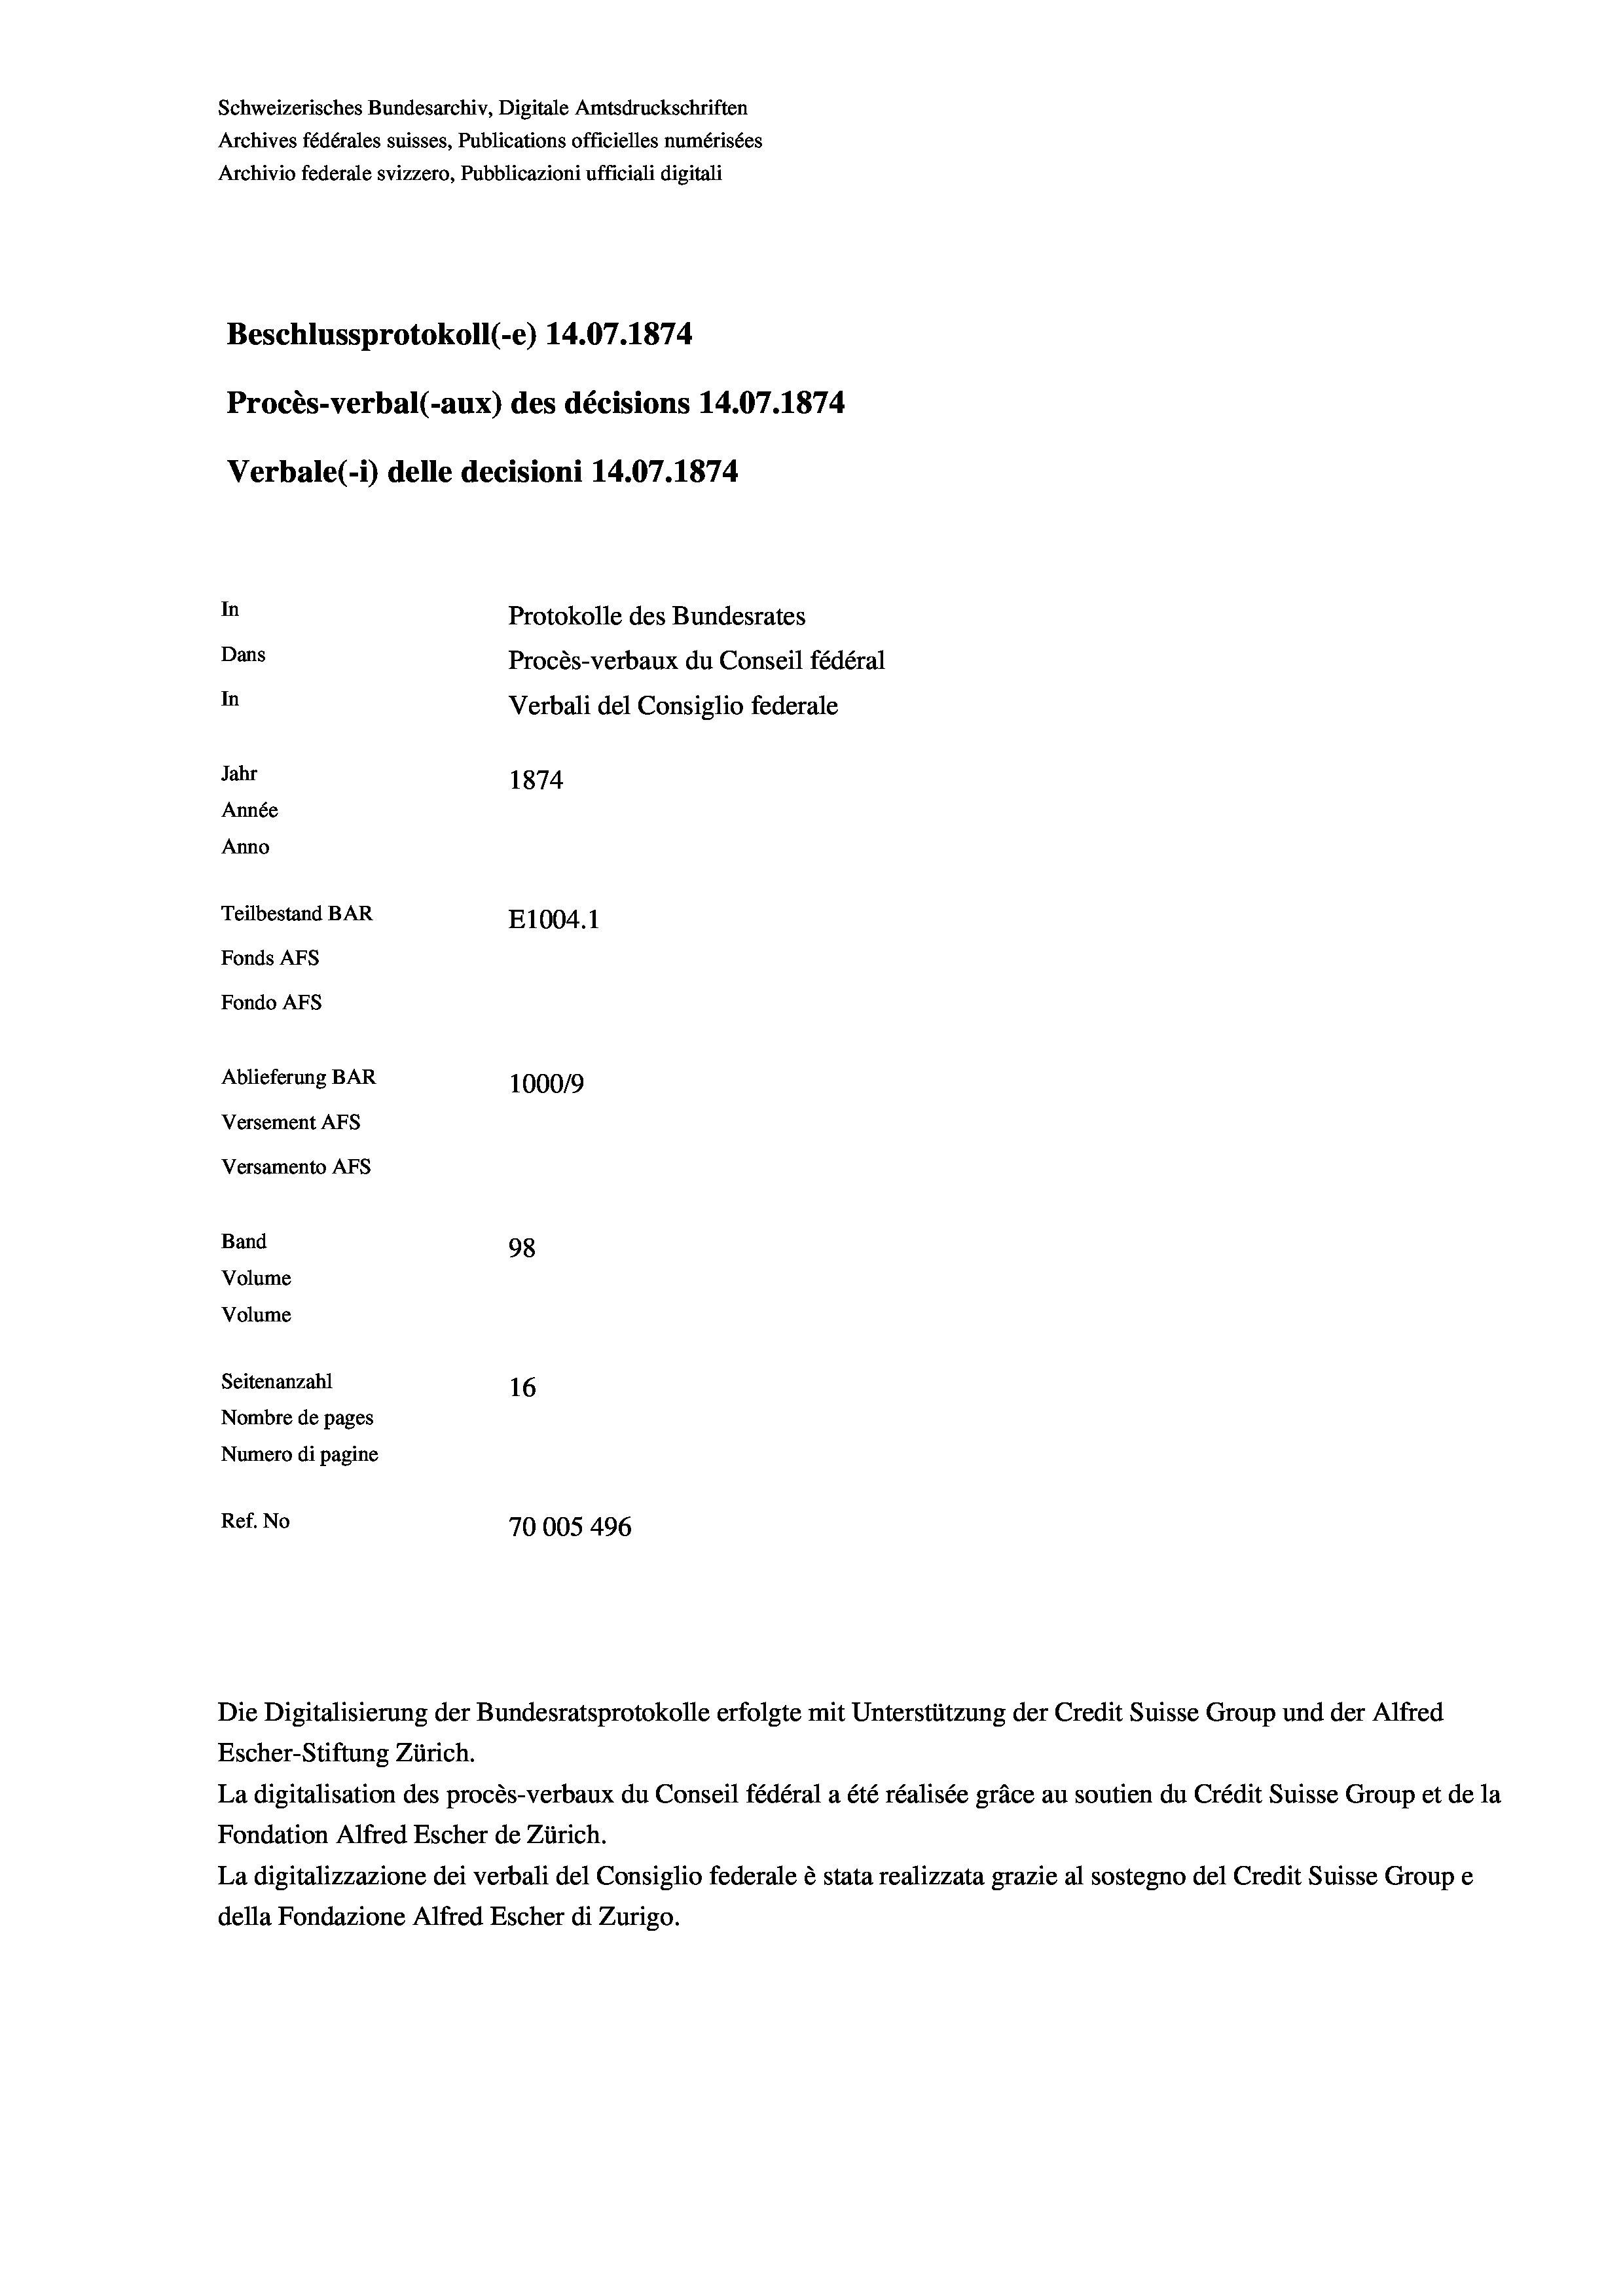
Schweizerisches Bundesarchiv, Digitale Amtsdruckschriften
Archives fédérales suisses, Publications officielles numérisées
Archivio federale svizzero, Pubblicazioni ufficiali digitali
Beschlussprotokoll (-e) 14.07. 1874
Procès-verbal (-aux) des décisions 14.07.1874
Verbale (i) delle decisioni 14.07. 1874
In
Protokolle des Bundesrates
Dans
Procès-verbaux du Conseil fédéral
In
Verbali del Consiglio federale
Jahr
1874
Année
Anno
Teilbestand BAR
E1004. 1
Fonds AFs
Fondo AFs
Ablieferung BAR
1000/9
Versement AFs
Versamento AFs
Band
98
Volume
Volume
Seitenanzahl
16
Nombre de pages
Numero di pagine
Ref. No
70005 496

Die Digitalisierung der Bundesratsprotokolle erfolgte mit Unterstützung der Credit Suisse Group und der Alfred
Escher-Stiftung Zürich.
La digitalisation des procès-verbaux du Conseil fédéral a été réalisée gräce au soutien du Crédit Suisse Group et de la
Fondation Alfred Escher de Zürich.
La digitalizzazione dei verbali del Consiglio federale è stata realizzata grazie al sostegno del Credit Suisse Groupe
della Fondazione Alfred Escher di Zurigo.